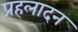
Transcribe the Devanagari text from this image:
प्रहलादन